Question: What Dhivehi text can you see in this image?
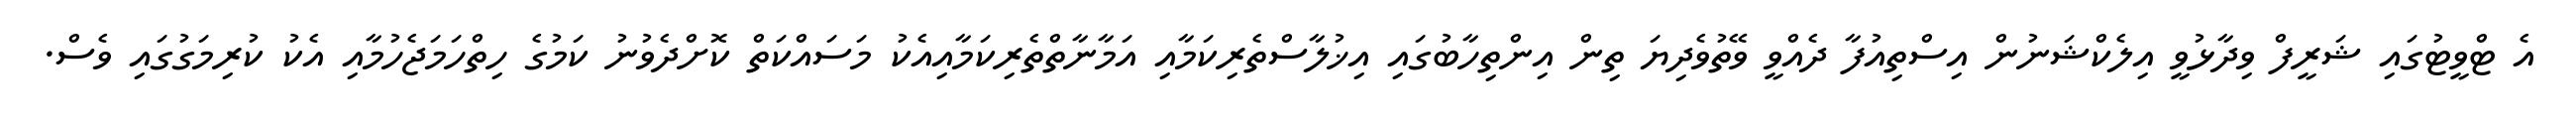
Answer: އެ ޓްވީޓުގައި ޝަރީފް ވިދާޅުވީ އިލެކްޝަނުން އިސްތިއުފާ ދެއްވީ ވޭތުވެދިޔަ ތިން އިންތިހާބުގައި އިޚުލާސްތެރިކަމާއި އަމާނާތްތެރިކަމާއިއެކު މަސައްކަތް ކޮށްދެވުނު ކަމުގެ ހިތްހަމަޖެހުމާއި އެކު ކުރިމަގުގައި ވެސް.